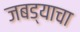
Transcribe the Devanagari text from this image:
जबड्याचा